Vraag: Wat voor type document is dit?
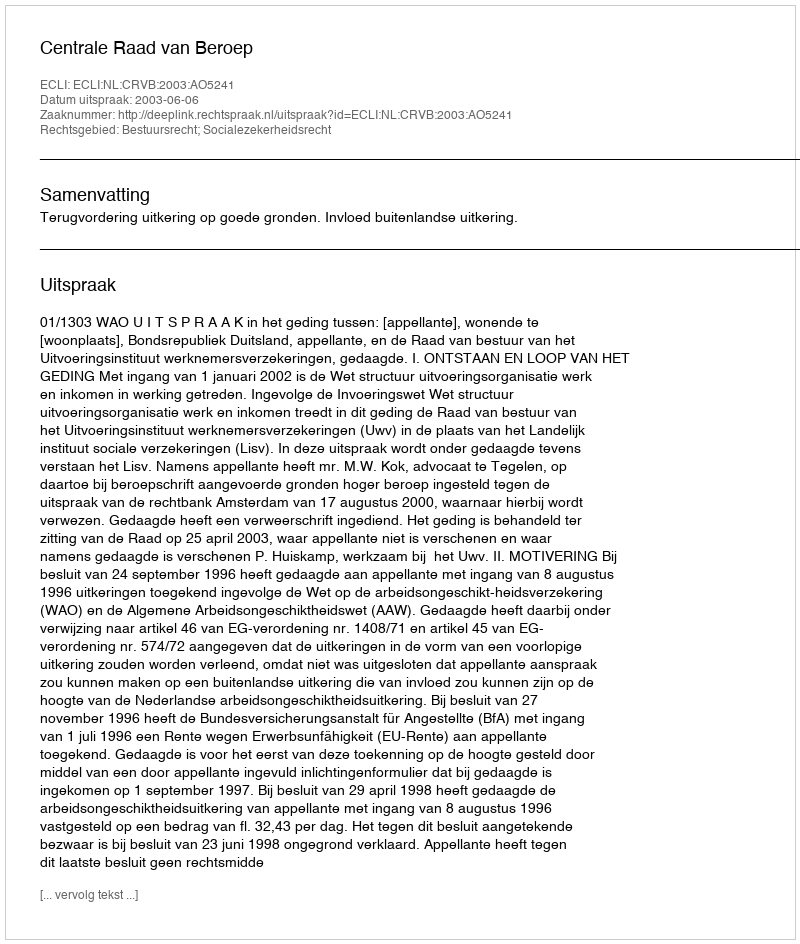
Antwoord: Uitspraak